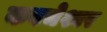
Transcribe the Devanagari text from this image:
कवचेश्वर